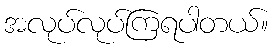
အလုပ်လုပ်ကြရပါတယ်။